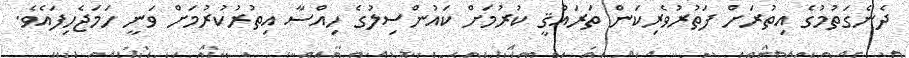
ދެނެގަތުމުގެ އިތުރަށް ފަތުރުވެރިކަން ތަރައްޤީ ކުރުމަށް ކައުންސިލުގެ ހިއްސާ އިތުރުކުރުމަށް ވަނީ ހަމަޖެހިފައެވެ.